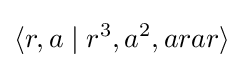
\langle r,a\mid r^{3},a^{2},arar\rangle